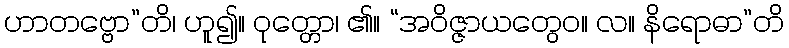
ဟာတဗ္ဗော”တိ၊ ဟူ၍။ ဝုတ္တော၊ ၏။ “အဝိဇ္ဇာယတွေဝ။ လ။ နိရောဓာ”တိ